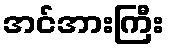
အင်အားကြီး